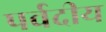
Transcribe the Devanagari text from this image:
पर्वदीय